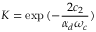
K = \exp { ( - \frac { 2 c _ { 2 } } { \alpha _ { d } \omega _ { c } } ) }